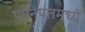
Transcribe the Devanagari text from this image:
पानिपतमध्यें